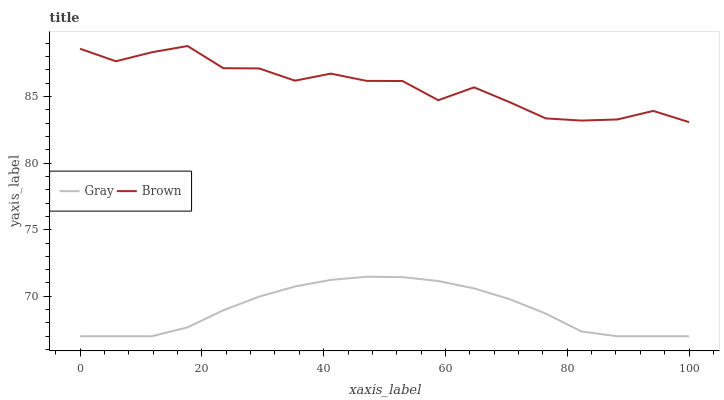
| xaxis_label | Gray | Brown |
 | --- | --- | --- |
 | 0 | 67 | 88.6 |
 | 5.88 | 67 | 87.6 |
 | 11.8 | 67 | 88.3 |
 | 17.6 | 67.7 | 88.8 |
 | 23.5 | 69 | 87.1 |
 | 29.4 | 70 | 87.1 |
 | 35.3 | 70.7 | 86.2 |
 | 41.2 | 71.2 | 86.7 |
 | 47.1 | 71.5 | 86.2 |
 | 52.9 | 71.4 | 86.2 |
 | 58.8 | 71.1 | 84.7 |
 | 64.7 | 70.6 | 85.7 |
 | 70.6 | 69.8 | 84.6 |
 | 76.5 | 68.7 | 83.4 |
 | 82.4 | 67.4 | 83.2 |
 | 88.2 | 67 | 83.3 |
 | 94.1 | 67 | 83.9 |
 | 100 | 67 | 83.1 |